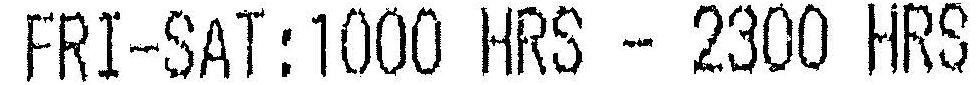
FRI-SAT:1000 HRS - 2300 HRS